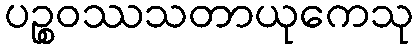
ပဉ္စဝဿသတာယုကေသု